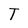
Character: T